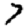
Digit: 7